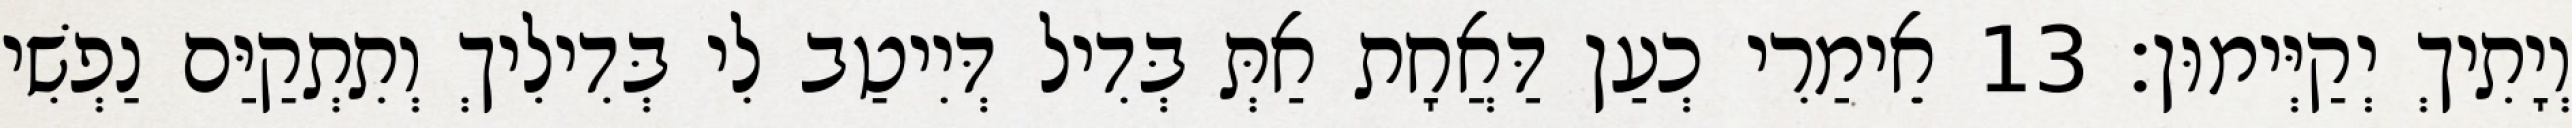
וְיָתִיךְ יְקַיְּימוּן׃ 13 אֵימַרִי כְעַן דַּאֲחָת אַתְּ בְּדִיל דְּיִיטַב לִי בְּדִילִיךְ וְתִתְקַיַּם נַפְשִׁי